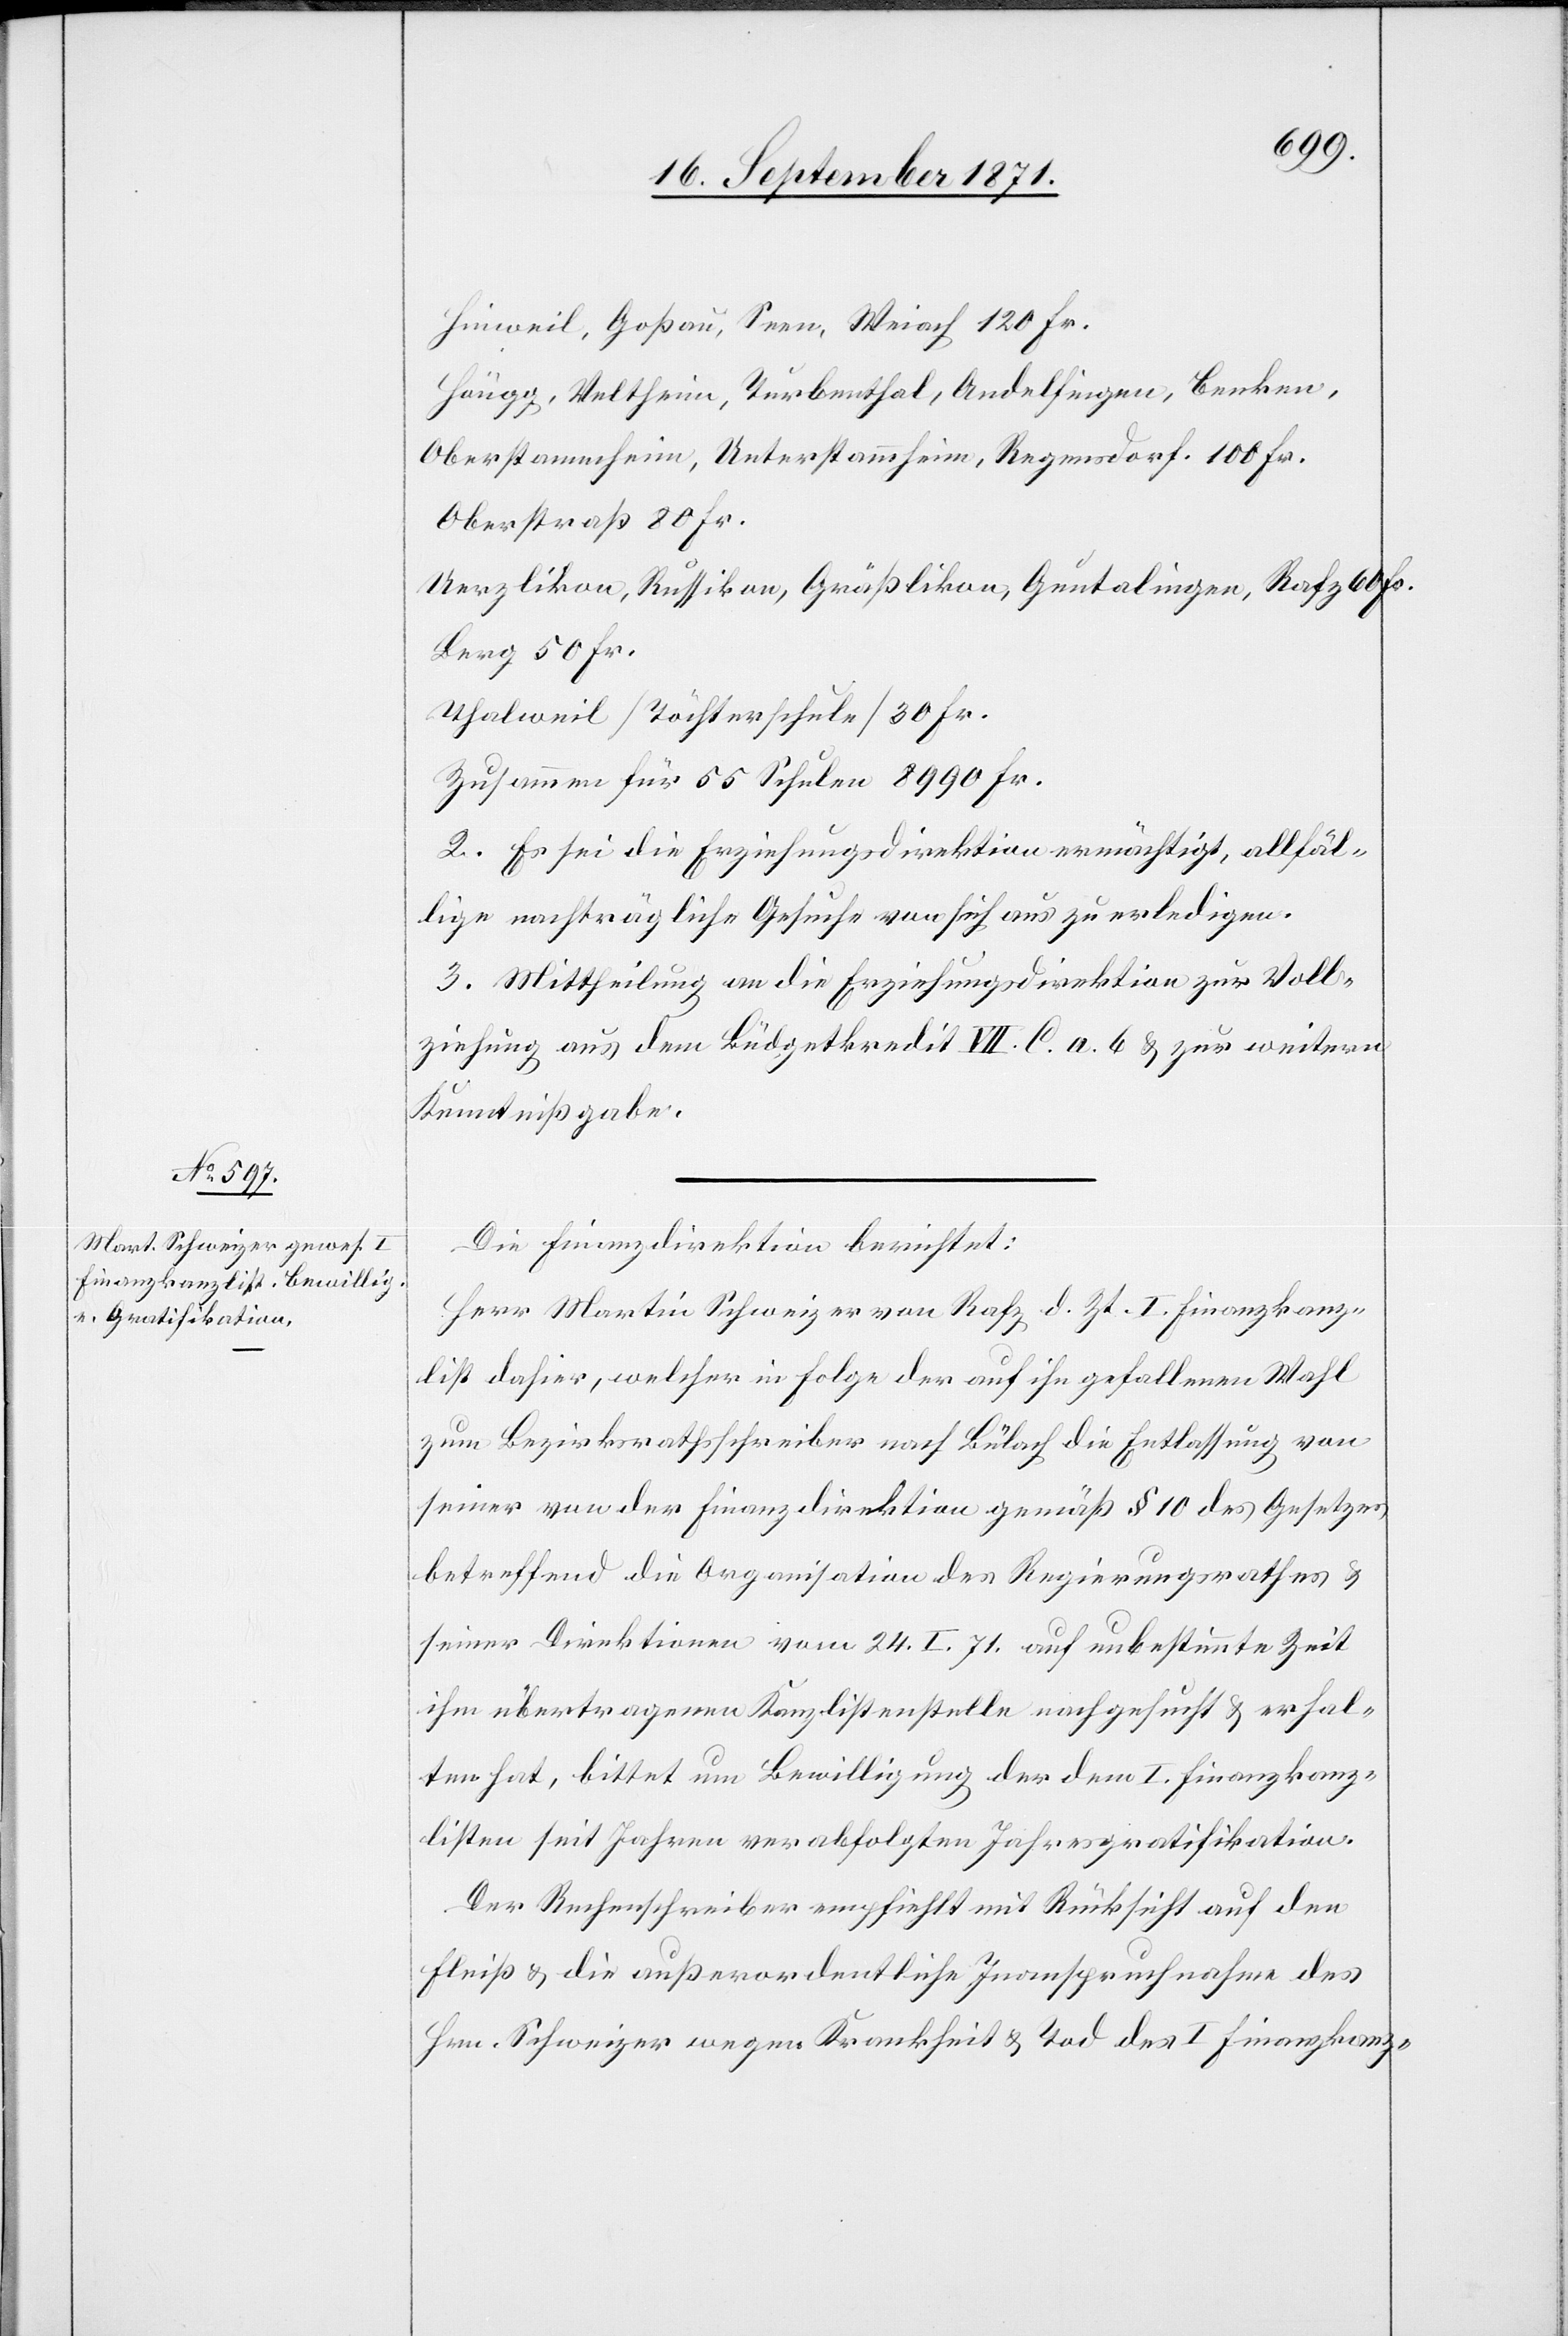
Hinweil, Goßau, Seen, Weiach 120 Fr.
Höngg, Veltheim, Turbenthal, Andelfingen, Benken,
Oberstammheim, Unterstammheim, Regensdorf 100 Fr.
Uerzlikon, Russikon, Gräßlikon, Guntalingen, Rafz 60 Fr.
Berg 50 Fr.
Thalweil [Töchterschule] 30 Fr.
Zusammen für 55 Schulen 8990 Fr.
2. Es sei die Erziehungsdirektion ermächtigt, allfäl¬
lige nachträgliche Gesuche von sich aus zu erledigen.
3. Mittheilung an die Erziehungsdirektion zur Voll¬
ziehung aus dem Budgetkredit VII. C. a. 6 & zur weiteren
Kenntnißgabe.
Die Erziehungsdirektion berichtet:
Herr Martin Schweizer von Rafz d. Zt. I. Finanzkanz¬
list dahier, welcher in Folge der auf ihn gefallenen Wahl
zum Bezirksrathsschreiber nach Bülach die Entlassung von
seiner von der Finanzdirektion gemäß § 10 des Gesetzes
betreffend die Organisation des Regierungsrathes &
seiner Direktionen vom 24.I.71 auf unbestimmte Zeit
ihm übertragene Kanzlistenstelle nachgesucht & erhal¬
ten hat, bittet um Bewilligung der dem I. Finanzkanz¬
listen seit Jahren verabfolgten Jahresgratifikation.
Der Rechenschreiber empfiehlt mit Rücksicht auf den
Fleiß & die außerordentliche Inanspruchnahme des
Hrn. Schweizer wegen Krankheit & Tod des I. Finanzkanz-